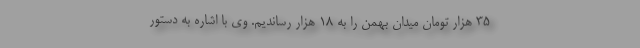
۳۵ هزار تومان میدان بهمن را به ۱۸ هزار رساندیم. وی با اشاره به دستور